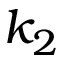
k _ { 2 }